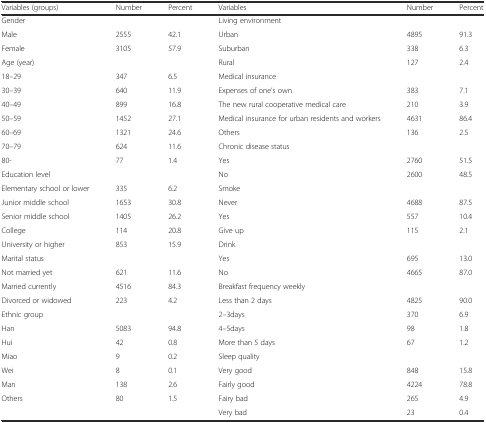
| Variables (groups) | Number | Percent | Variables | Number | Percent |
 | --- | --- | --- | --- | --- | --- |
 | Gender |  |  | Living environment |  |  |
 | Male | 2555 | 42.1 | Urban | 4895 | 91.3 |
 | Female | 3105 | 57.9 | Suburban | 338 | 6.3 |
 | Age (year) |  |  | Rural | 127 | 2.4 |
 | 18–29 | 347 | 6.5 | Medical insurance |  |  |
 | 30–39 | 640 | 11.9 | Expenses of one’s own | 383 | 7.1 |
 | 40–49 | 899 | 16.8 | The new rural cooperative medical care | 210 | 3.9 |
 | 50–59 | 1452 | 27.1 | Medical insurance for urban residents and workers | 4631 | 86.4 |
 | 60–69 | 1321 | 24.6 | Others | 136 | 2.5 |
 | 70–79 | 624 | 11.6 | Chronic disease status |  |  |
 | 80- | 77 | 1.4 | Yes | 2760 | 51.5 |
 | Education level |  |  | No | 2600 | 48.5 |
 | Elementary school or lower | 335 | 6.2 | Smoke |  |  |
 | Junior middle school | 1653 | 30.8 | Never | 4688 | 87.5 |
 | Senior middle school | 1405 | 26.2 | Yes | 557 | 10.4 |
 | College | 114 | 20.8 | Give up | 115 | 2.1 |
 | University or higher | 853 | 15.9 | Drink |  |  |
 | Marital status |  |  | Yes | 695 | 13.0 |
 | Not married yet | 621 | 11.6 | No | 4665 | 87.0 |
 | Married currently | 4516 | 84.3 | Breakfast frequency weekly |  |  |
 | Divorced or widowed | 223 | 4.2 | Less than 2 days | 4825 | 90.0 |
 | Ethnic group |  |  | 2–3days | 370 | 6.9 |
 | Han | 5083 | 94.8 | 4–5days | 98 | 1.8 |
 | Hui | 42 | 0.8 | More than 5 days | 67 | 1.2 |
 | Miao | 9 | 0.2 | Sleep quality |  |  |
 | Wei | 8 | 0.1 | Very good | 848 | 15.8 |
 | Man | 138 | 2.6 | Fairly good | 4224 | 78.8 |
 | Others | 80 | 1.5 | Fairy bad | 265 | 4.9 |
 |  |  |  | Very bad | 23 | 0.4 |